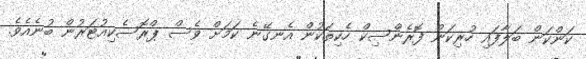
ކަންކަން ބަލާފައި ހުރިކަން ފޮރެންސިކް ހެކިތަކުން އެނގޭނެ ކަމަށް ވެސް ޕްރޮސެކިއުޓަރުން ބުނެއެވެ.